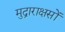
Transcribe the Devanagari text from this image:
मुद्राराक्षसों